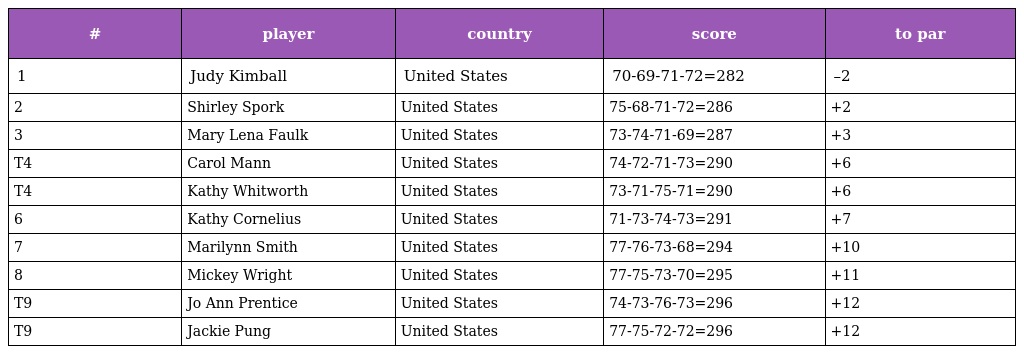
| # | player | country | score | to par |
 | --- | --- | --- | --- | --- |
 | 1 | Judy Kimball | United States | 70-69-71-72=282 | –2 |
 | 2 | Shirley Spork | United States | 75-68-71-72=286 | +2 |
 | 3 | Mary Lena Faulk | United States | 73-74-71-69=287 | +3 |
 | T4 | Carol Mann | United States | 74-72-71-73=290 | +6 |
 | T4 | Kathy Whitworth | United States | 73-71-75-71=290 | +6 |
 | 6 | Kathy Cornelius | United States | 71-73-74-73=291 | +7 |
 | 7 | Marilynn Smith | United States | 77-76-73-68=294 | +10 |
 | 8 | Mickey Wright | United States | 77-75-73-70=295 | +11 |
 | T9 | Jo Ann Prentice | United States | 74-73-76-73=296 | +12 |
 | T9 | Jackie Pung | United States | 77-75-72-72=296 | +12 |